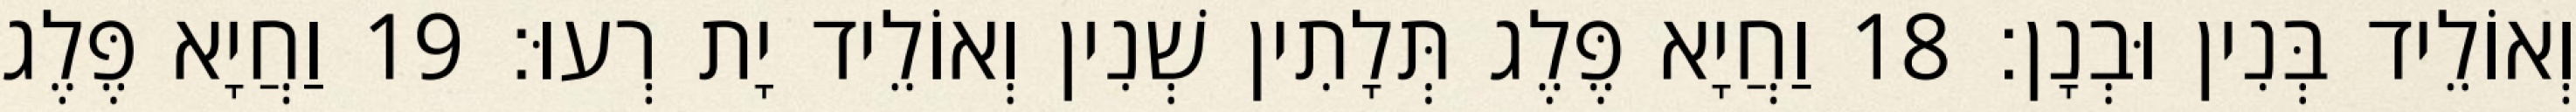
וְאוֹלֵיד בְּנִין וּבְנָן׃ 18 וַחֲיָא פֶּלֶג תְּלָתִין שְׁנִין וְאוֹלֵיד יָת רְעוּ׃ 19 וַחֲיָא פֶּלֶג